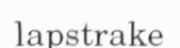
lapstrake